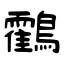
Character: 鸖